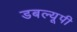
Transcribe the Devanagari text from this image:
डबल्यूपी